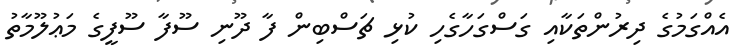
އެއްގަމުގެ ދިރުންތަކާއި ގަސްގަހާގެހި ކުޅި ޗަސްބިން ފާ ދޫނި ސޫފާ ސޫފީގެ މަޢުލޫމާތު